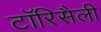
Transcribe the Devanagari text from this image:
टॉरिसैली